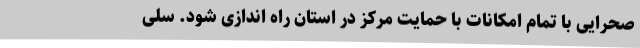
صحرایی با تمام امکانات با حمایت مرکز در استان راه اندازی شود. سلی